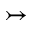
\rightarrowtail